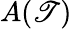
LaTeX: A(\mathscr{T})